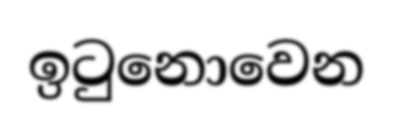
ඉටුනොවෙන